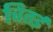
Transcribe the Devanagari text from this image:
चितई